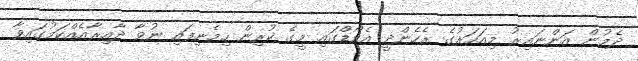
ދެމުން އަންނައިރު މިއަހަރުގެ ރެހެންދީ އެވޯޑްގައި މީގެ ކުރިން ހިމެނިފައި ނުވާ ދާއިރާއެއްކަމުގައިވާ